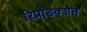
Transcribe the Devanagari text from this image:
रिप्रोडक्शन